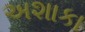
અશાકા